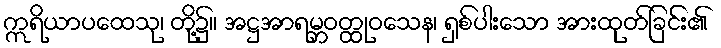
ဣရိယာပထေသု၊ တို့၌။ အဋ္ဌအာရမ္ဘဝတ္ထုဝသေန၊ ရှစ်ပါးသော အားထုတ်ခြင်း၏